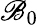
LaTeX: \mathscr{B}_{0}